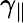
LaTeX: \gamma_{\| }